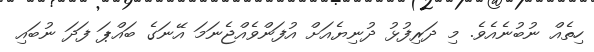
ހިތެއް ނުބުނެއެވެ. މި ދަރިފުޅު ދުނިޔެއަށް އުފަންވެއްޖެނަމަ އޭނަގެ ބައްޕަ ފަދަ ނުބައި